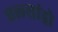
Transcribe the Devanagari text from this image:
एल्‍सांड्रो